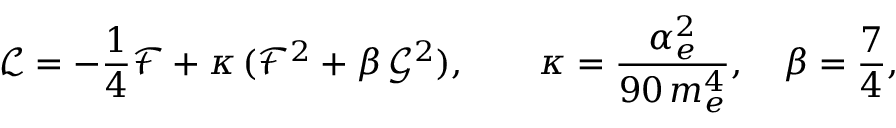
\mathcal { L } = - \frac { 1 } { 4 } \mathcal { F } + \kappa \, ( \mathcal { F } ^ { 2 } + \beta \, \mathcal { G } ^ { 2 } ) , \qquad \kappa = \frac { \alpha _ { e } ^ { 2 } } { 9 0 \, m _ { e } ^ { 4 } } , \quad \beta = \frac { 7 } { 4 } ,